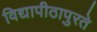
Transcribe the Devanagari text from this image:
विद्यापीठापुरते